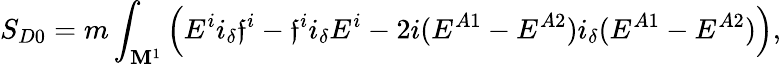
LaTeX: S_{D0}=m\int_{{\cal\mathbf{M}}^{1}}\left(E^{i}i_{\delta}\mathfrak{f}^{i}-\mathfrak{f}^{i}i_{\delta}E^{i}-2i(E^{A1}-E^{A2})i_{\delta}(E^{A1}-E^{A2})\right),